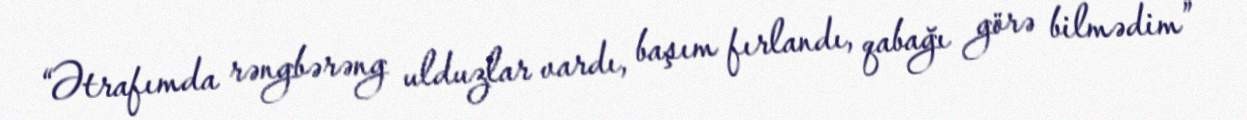
“Ətrafımda rəngbərəng ulduzlar vardı, başım fırlandı, qabağı görə bilmədim”